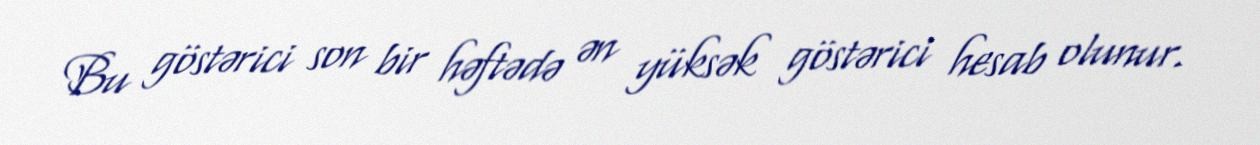
Bu göstərici son bir həftədə ən yüksək göstərici hesab olunur.